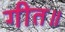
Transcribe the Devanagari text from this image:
गीत॥